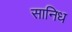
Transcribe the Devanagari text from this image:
सानिध